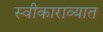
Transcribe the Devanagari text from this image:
स्वीकाराव्यात